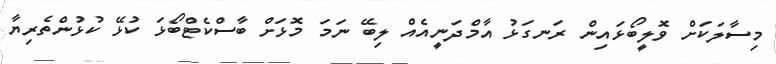
މިސާލަކަށް ވޮލީބޯޅައިން ރަނގަޅު އާމްދަނީއެއް ލިބޭ ނަމަ މޮޅަށް ބާސްކެޓްބޯޅަ ކުޅޭ ކުޅުންތެރިޔާ